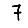
Digit: 7